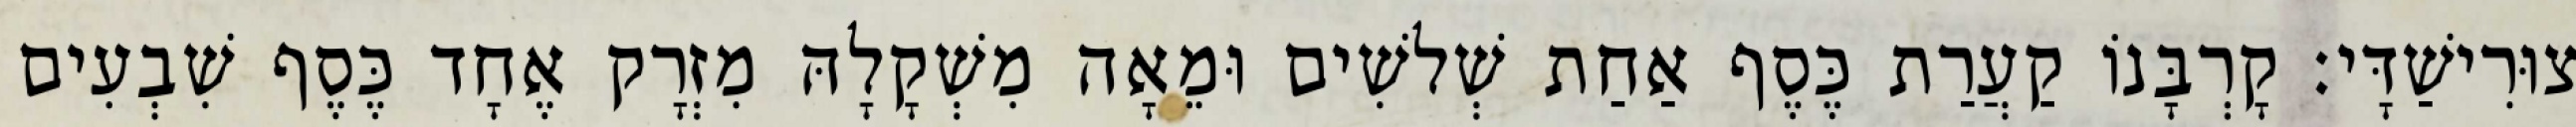
צוּרִישַׁדָּי׃ קָרְבָּנוֹ קַעֲרַת כֶּסֶף אַחַת שְׁלשִׁים וּמֵאָה מִשְׁקָלָהּ מִזְרָק אֶחָד כֶּסֶף שִׁבְעִים